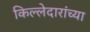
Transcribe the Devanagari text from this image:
किल्लेदारांच्या